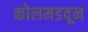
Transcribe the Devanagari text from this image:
कोलमडवून